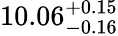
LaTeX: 10.06_{-0.16}^{+0.15}